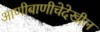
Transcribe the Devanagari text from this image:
आणीबाणीचेदेखील